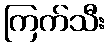
ကြက်သီး